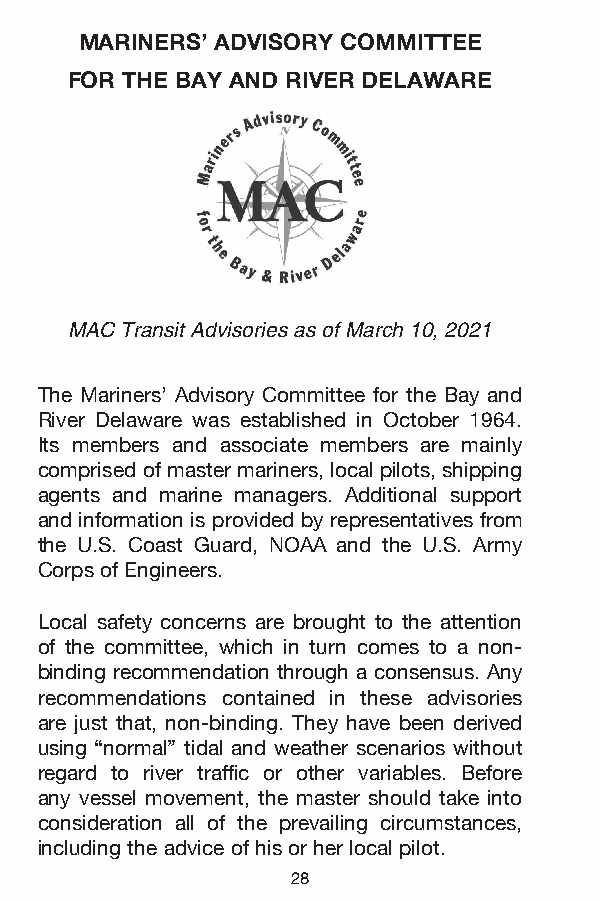
MARINERS’ ADVISORY COMMITTEE
 FOR THE BAY AND RIVER DELAWARE
 MAC Transit Advisories as of March 10, 2021
 The Mariners’ Advisory Committee for the Bay and
 River Delaware was established in October 1964.
 Its members and associate members are mainly
 comprised of master mariners, local pilots, shipping
 agents and marine managers. Additional support
 and information is provided by representatives from
 the U.S. Coast Guard, NOAA and the U.S. Army
 Corps of Engineers.
 Local safety concerns are brought to the attention
 of the committee, which in turn comes to a non-
 binding recommendation through a consensus. Any
 recommendations contained in these advisories
 are just that, non-binding. They have been derived
 using “normal” tidal and weather scenarios without
 regard to river traffic or other variables. Before
 any vessel movement, the master should take into
 consideration all of the prevailing circumstances,
 including the advice of his or her local pilot.
 28